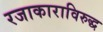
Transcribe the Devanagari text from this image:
रजाकाराविरुद्ध